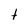
Character: t